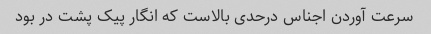
سرعت آوردن اجناس درحدی بالاست که انگار پیک پشت در بود